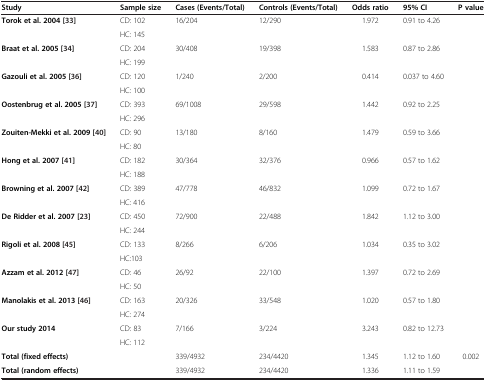
<table><thead><tr><td><b>Study</b></td><td><b>Sample size</b></td><td><b>Cases (Events/Total)</b></td><td><b>Controls (Events/Total)</b></td><td><b>Odds ratio</b></td><td><b>95% CI</b></td><td><b>P value</b></td></tr></thead><tbody><tr><td rowspan="2"><b>Torok et al. 2004</b><b>[</b>33<b>]</b></td><td>CD: 102</td><td rowspan="2">16/204</td><td rowspan="2">12/290</td><td rowspan="2">1.972</td><td rowspan="2">0.91 to 4.26</td><td rowspan="2"></td></tr><tr><td>HC: 145</td></tr><tr><td rowspan="2"><b>Braat et al. 2005</b><b>[</b>34<b>]</b></td><td>CD: 204</td><td rowspan="2">30/408</td><td rowspan="2">19/398</td><td rowspan="2">1.583</td><td rowspan="2">0.87 to 2.86</td><td rowspan="2"></td></tr><tr><td>HC: 199</td></tr><tr><td rowspan="2"><b>Gazouli et al. 2005</b><b>[</b>36<b>]</b></td><td>CD: 120</td><td rowspan="2">1/240</td><td rowspan="2">2/200</td><td rowspan="2">0.414</td><td rowspan="2">0.037 to 4.60</td><td rowspan="2"></td></tr><tr><td>HC: 100</td></tr><tr><td rowspan="2"><b>Oostenbrug et al. 2005</b><b>[</b>37<b>]</b></td><td>CD: 393</td><td rowspan="2">69/1008</td><td rowspan="2">29/598</td><td rowspan="2">1.442</td><td rowspan="2">0.92 to 2.25</td><td rowspan="2"></td></tr><tr><td>HC: 296</td></tr><tr><td rowspan="2"><b>Zouiten-Mekki et al. 2009</b><b>[</b>40<b>]</b></td><td>CD: 90</td><td rowspan="2">13/180</td><td rowspan="2">8/160</td><td rowspan="2">1.479</td><td rowspan="2">0.59 to 3.66</td><td rowspan="2"></td></tr><tr><td>HC: 80</td></tr><tr><td rowspan="2"><b>Hong et al. 2007</b><b>[</b>41<b>]</b></td><td>CD: 182</td><td rowspan="2">30/364</td><td rowspan="2">32/376</td><td rowspan="2">0.966</td><td rowspan="2">0.57 to 1.62</td><td rowspan="2"></td></tr><tr><td>HC: 188</td></tr><tr><td rowspan="2"><b>Browning et al. 2007</b><b>[</b>42<b>]</b></td><td>CD: 389</td><td rowspan="2">47/778</td><td rowspan="2">46/832</td><td rowspan="2">1.099</td><td rowspan="2">0.72 to 1.67</td><td rowspan="2"></td></tr><tr><td>HC: 416</td></tr><tr><td rowspan="2"><b>De Ridder et al. 2007</b><b>[</b>23<b>]</b></td><td>CD: 450</td><td rowspan="2">72/900</td><td rowspan="2">22/488</td><td rowspan="2">1.842</td><td rowspan="2">1.12 to 3.00</td><td rowspan="2"></td></tr><tr><td>HC: 244</td></tr><tr><td rowspan="2"><b>Rigoli et al. 2008</b><b>[</b>45<b>]</b></td><td>CD: 133</td><td rowspan="2">8/266</td><td rowspan="2">6/206</td><td rowspan="2">1.034</td><td rowspan="2">0.35 to 3.02</td><td rowspan="2"></td></tr><tr><td>HC:103</td></tr><tr><td rowspan="2"><b>Azzam et al. 2012</b><b>[</b>47<b>]</b></td><td>CD: 46</td><td rowspan="2">26/92</td><td rowspan="2">22/100</td><td rowspan="2">1.397</td><td rowspan="2">0.72 to 2.69</td><td rowspan="2"></td></tr><tr><td>HC: 50</td></tr><tr><td rowspan="2"><b>Manolakis et al. 2013</b><b>[</b>46<b>]</b></td><td>CD: 163</td><td rowspan="2">20/326</td><td rowspan="2">33/548</td><td rowspan="2">1.020</td><td rowspan="2">0.57 to 1.80</td><td rowspan="2"></td></tr><tr><td>HC: 274</td></tr><tr><td rowspan="2"><b>Our study 2014</b></td><td>CD: 83</td><td rowspan="2">7/166</td><td rowspan="2">3/224</td><td rowspan="2">3.243</td><td rowspan="2">0.82 to 12.73</td><td rowspan="2"></td></tr><tr><td>HC: 112</td></tr><tr><td><b>Total (fixed effects)</b></td><td></td><td>339/4932</td><td>234/4420</td><td>1.345</td><td>1.12 to 1.60</td><td rowspan="2">0.002</td></tr><tr><td><b>Total (random effects)</b></td><td></td><td>339/4932</td><td>234/4420</td><td>1.336</td><td>1.11 to 1.59</td></tr></tbody></table>